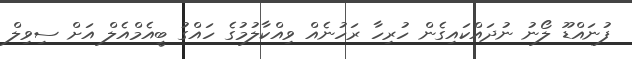
ފުނައްޑޫ ލޯނު ނުދައްކައިގެން ހުރިހާ ރަހުނެއް ވިއްކާލުމުގެ ހައްގު ބީއެމްއެލް އަށް ސިވިލް